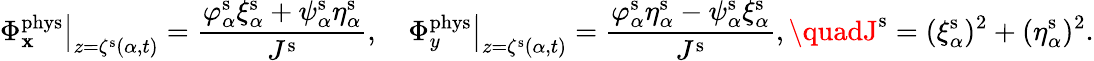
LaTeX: \left.\Phi_{\mathbf{x}}^{\mathrm{{phys}}}\right\vert_{z=\zeta^{\mathrm{{s}}}(\alpha,t)}=\frac{{\varphi_{\alpha}^{\mathrm{{s}}}\xi_{\alpha}^{\mathrm{{s}}}+\psi_{\alpha}^{\mathrm{{s}}}\eta_{\alpha}^{\mathrm{{s}}}}}{{J^{\mathrm{{s}}}}},\quad\left.\Phi_{y}^{\mathrm{{phys}}}\right\vert_{z=\zeta^{\mathrm{{s}}}(\alpha,t)}=\frac{{\varphi_{\alpha}^{\mathrm{{s}}}\eta_{\alpha}^{\mathrm{{s}}}-\psi_{\alpha}^{\mathrm{{s}}}\xi_{\alpha}^{\mathrm{{s}}}}}{{J^{\mathrm{{s}}}}},\quadJ^{\mathrm{{s}}}=(\xi_{\alpha}^{\mathrm{{s}}})^{2}+(\eta_{\alpha}^{\mathrm{{s}}})^{2}.